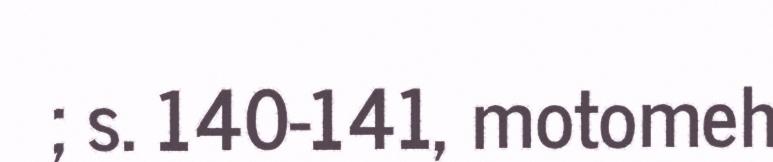
; s. 140-141, motomeh